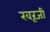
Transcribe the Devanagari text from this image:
खरूजी